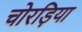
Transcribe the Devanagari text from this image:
चोरड़िया